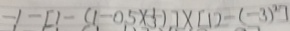
- 1 - [ 1 - ( 1 - 0 . 5 \times \frac { 1 } { 3 } ] \times [ 1 2 - ( - 3 ) ^ { 2 } ]